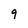
Character: 9